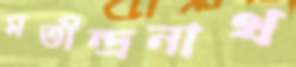
মতীন্দ্রনাথ